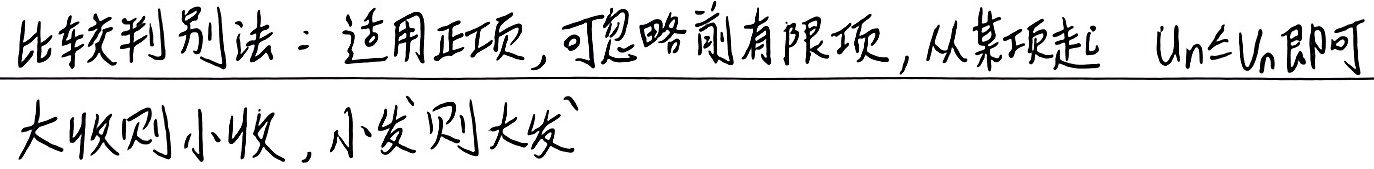
比较判别法：适用正项，可忽略前有限项，从某项起 \(u_n\leq v_n\) 即可。大收则小收，小发则大发